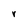
Character: r